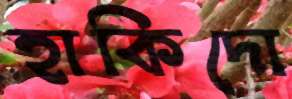
হাকিদো